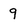
Character: 9